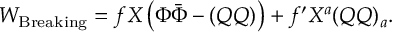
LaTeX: W _ { \mathrm { B r e a k i n g } } = f X \left( \Phi \bar { \Phi } - ( Q Q ) \right) + f ^ { \prime } X ^ { a } ( Q Q ) _ { a } .